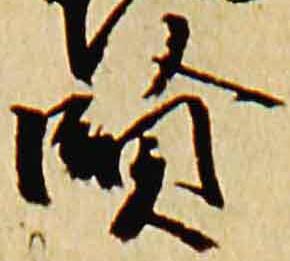
賢